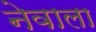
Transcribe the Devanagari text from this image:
नेवाला